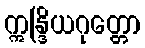
ဣန္ဒြိယဂုတ္တော